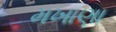
મખાણા